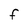
Character: F